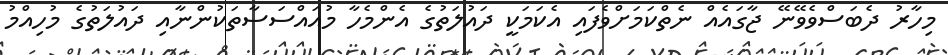
މިހާރު ދެބަސްވެވޭނޭ ޖާގައެއް ނެތްކަމަށްވެފައި އެކަމަކީ ދައުލަތުގެ އެންމެހާ މުއައްސަސާތަކުންނާއި ދައުލަތުގެ މުހިއްމު